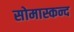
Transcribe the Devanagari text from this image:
सोमास्कन्द